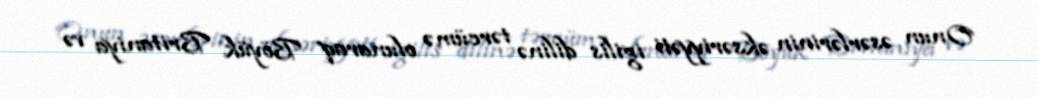
Onun əsərlərinin əksəriyyəti igilis dilinə tərcümə olunaraq Böyük Britaniya və